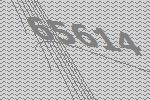
65614